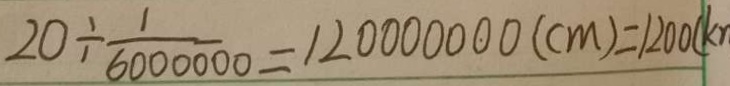
2 0 \div \frac { 1 } { 6 0 0 0 0 0 0 } = 1 2 0 0 0 0 0 0 0 ( c m ) = 1 2 0 0 ( k